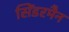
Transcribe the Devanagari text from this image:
सिंडरमैन